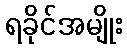
ရခိုင်အမျိုး